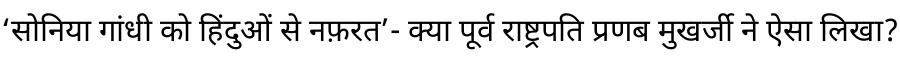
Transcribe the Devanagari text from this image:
‘सोनिया गांधी को हिंदुओं से नफ़रत’- क्या पूर्व राष्ट्रपति प्रणब मुखर्जी ने ऐसा लिखा?